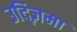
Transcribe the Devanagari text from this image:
उद्ज़िमा